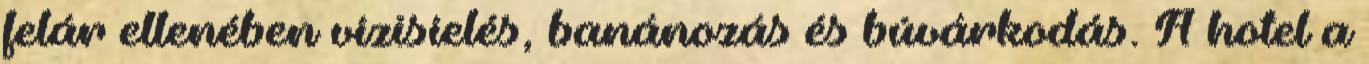
felár ellenében vízisíelés, banánozás és búvárkodás. A hotel a